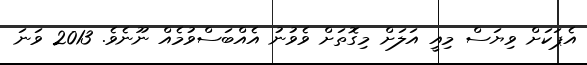
އެޕަކަށް ވިޔަސް މިއީ އަލަށް މިގޮތަށް ވެވުނު އެއްބަސްވުމެއް ނޫނެވެ. 2013 ވަނަ